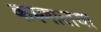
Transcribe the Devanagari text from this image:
करुणालया